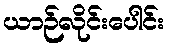
ယာဉ်လိုင်းပေါင်း